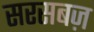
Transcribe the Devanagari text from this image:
सरसबज़